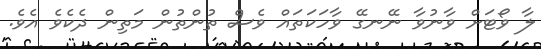
ލާ ވޯޓަށް ވާނުވާ ނޭނގޭ ވާހަކަތައް ވެސް ތުންތުން މަތިން ދެކެވެ އެވެ.